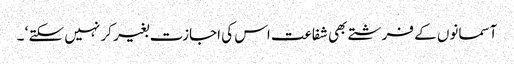
آسمانوں کے فرشتے بھی شفاعت اس کی اجازت بغیر کر نہیں سکتے ‘ ۔